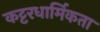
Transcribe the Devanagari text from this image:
कट्टरधार्मिकता